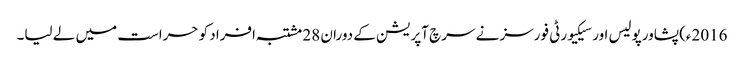
2016ء)پشاورپولیس اور سیکیورٹی فورسز نے سرچ آپریشن کے دوران 28 مشتبہ افراد کو حراست میں لے لیا۔